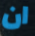
ان